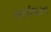
સરાઈઘાટના